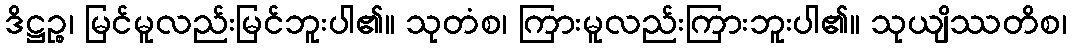
ဒိဋ္ဌဉ္စ၊ မြင်မူလည်းမြင်ဘူးပါ၏။ သုတံစ၊ ကြားမူလည်းကြားဘူးပါ၏။ သုယျိဿတိစ၊